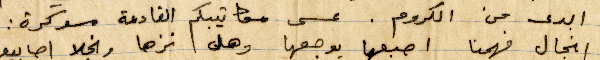
ابدى من الكروم. عسى مكاتيبكم القادمة مسوكرة: